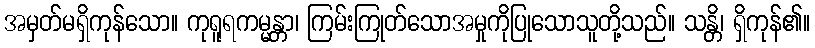
အမှတ်မရှိကုန်သော။ ကုရူရကမ္မန္တာ၊ ကြမ်းကြုတ်သောအမှုကိုပြုသောသူတို့သည်။ သန္တိ၊ ရှိကုန်၏။